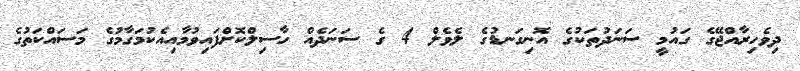
ދިވެހިރާއްޖޭގެ ގައުމީ ސަނަދުތަކުގެ އޮނިގަނޑުގެ ލެވެލް 4 ގެ ސަނަދެއް ހާސިލްކޮށްފައިވުމާއިއެކުމަގާމުގެ މަސައްކަތުގެ